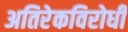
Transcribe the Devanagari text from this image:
अतिरेकविरोधी